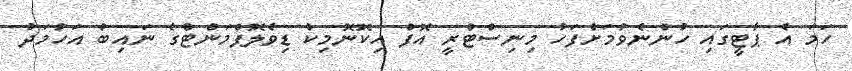
ހަމަ އެ ޕާޓީގައި ހުންނެވުމަށްފަހު މިނިސްޓްރީ އޮފް އިކޮނޮމިކް ޑިވެލޮޕްމަންޓްގެ ނައިބު އަހުމަދު